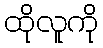
ထိုလူကို